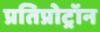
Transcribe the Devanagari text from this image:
प्रतिप्रोट्रॉन